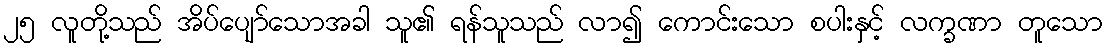
၂၅ လူတို့သည် အိပ်ပျော်သောအခါ သူ၏ ရန်သူသည် လာ၍ ကောင်းသော စပါးနှင့် လက္ခဏာ တူသော